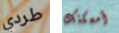
طردي أمسكتك